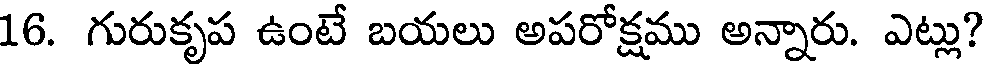
16. గురుకృప ఉంటే బయలు అపరోక్షము అన్నారు. ఎట్లు?